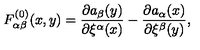
F _ { \alpha \beta } ^ { ( 0 ) } ( x , y ) = \frac { \partial a _ { \beta } ( y ) } { \partial \xi ^ { \alpha } ( x ) } - \frac { \partial a _ { \alpha } ( x ) } { \partial \xi ^ { \beta } ( y ) } ,